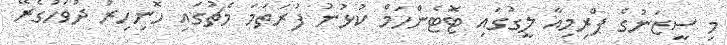
މި ސީޒަނުގެ ޕްރިމިއާ ލީގުގައި ޓޮޓެންހަމް ކުޅުނު ފުރަތަމަ މެޗުގައި ހޮނިހިރު ދުވަހުގެރޭ